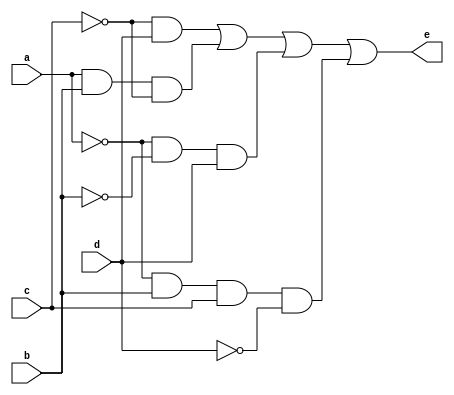
module fpga1(a,b,c,d,e);
	output e;
	input a,b,c,d;
	wire w1,w2,w3,w4,w5,w6,w7,w8;
	not G1(w1,a);
	not G2(w2,b);
	not G3(w3,c);
	not G4(w4,d);
	and G5(w5,w3,d);
	and G6(w6,a,b,w3);
	and G7(w7,w1,w2,d);
	and G8(w8,w1,b,c,w4);
	or G9(e,w5,w6,w7,w8);
endmodule